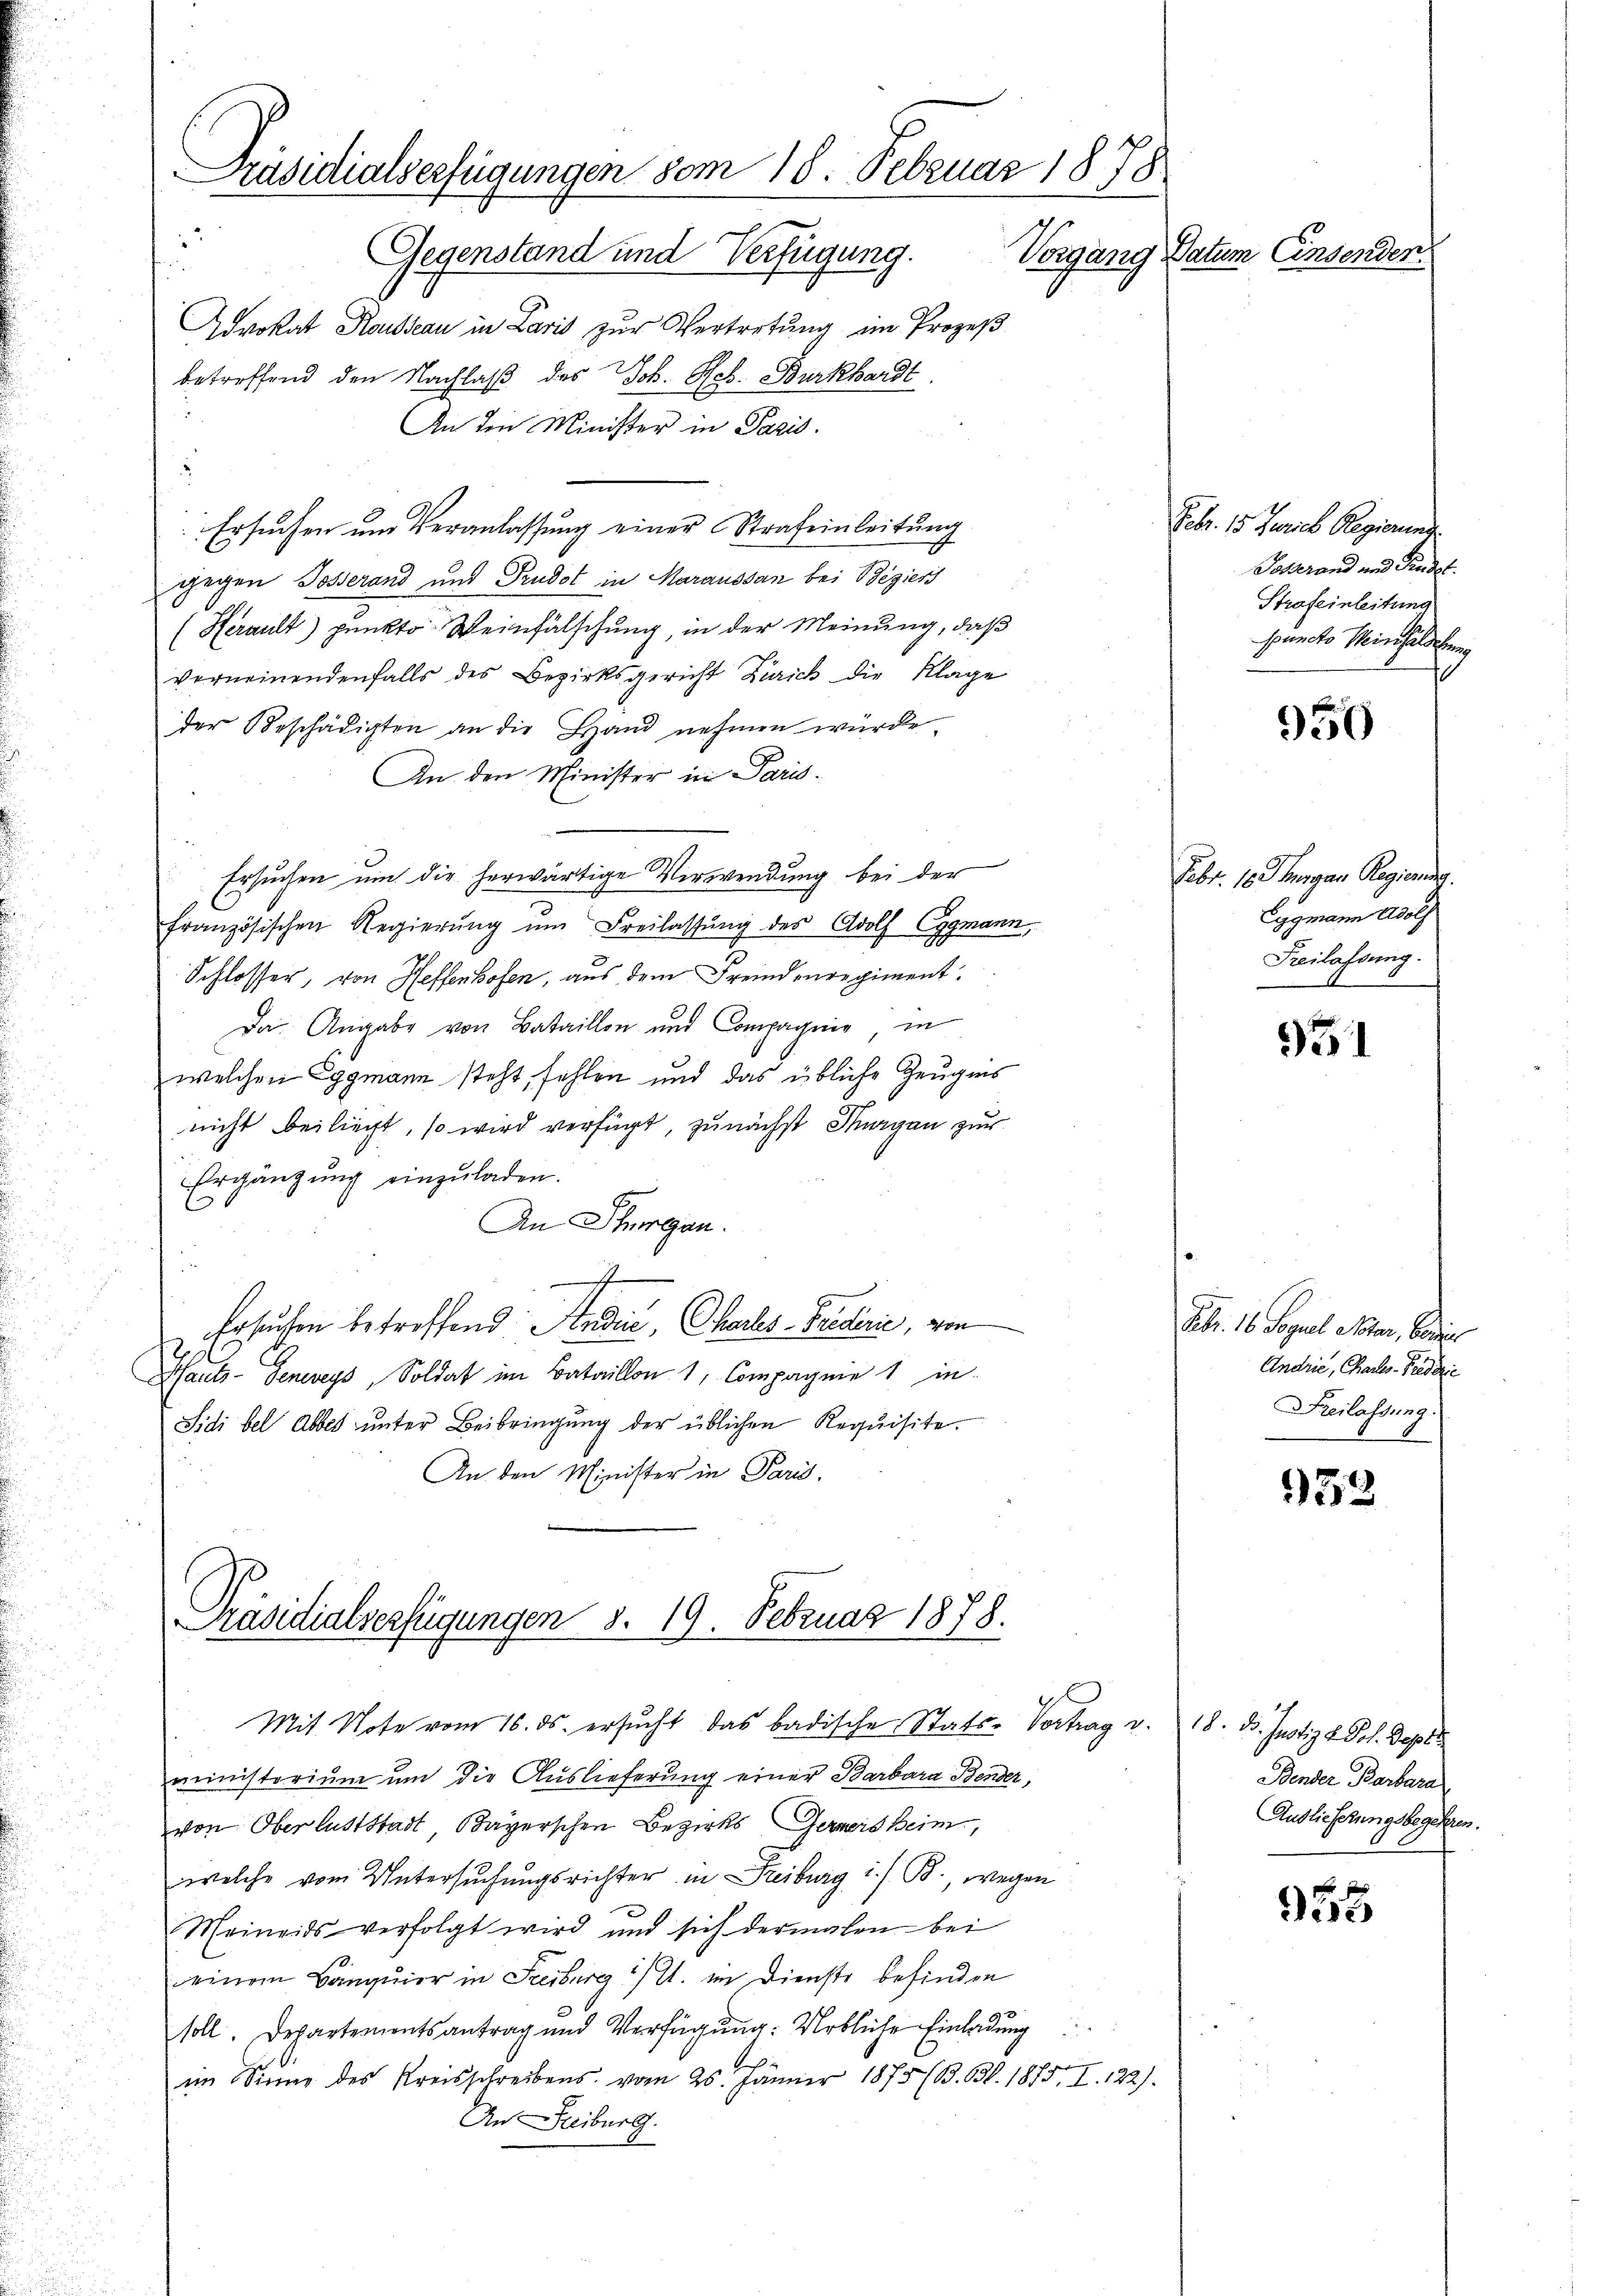
betreffend den Nachlaß des Joh. Hch. Burkhardt
o
An den Minister in Paris.
Ersuchen um Veranlassung einer Strafeinleitung
gegen Posserand und Prudot in Maraussan bei Beziers
(Herault) punkto Weinfälschung in der Meinung, daß
verneinendenfalls des Bezirksgericht Zürich die Klage
der Beschädigten an die Hand nehmen würde.
An den Minister in Paris¬
Ersuchen um die herwärtige Verwendung bei der
französischen Regierŭng ŭm Freilassŭng des Adolf Eggmann,
Schlosser, von Heffenhofen, aus dem Fremdenregiment.
Da Angabe von Bataillon und Compagnie in
welchen Eggmann steht, fehlen und das übliche Zeugnis
nicht beiliegt, so wird verfügt, zunächst Thurgau zur
Ergänzung einzuladen.
An Schurgau.
f
Ersuchen betreffend Andrić, Charles-Briderić, von
Thaute- Generey, Soldat im Bataillon 1, Compagnie 1 in
Sidi bel Abbes unter Beibringung der üblichen Requisite.
An den Minister in Paris,

Präsidialverfügungen vom 18. Februar 1878
.
Gegenstand und Verfügung.
Vorgang Datum Einsenden.
Advokat Rousseau in Lavis zur Vertretung im Prozeß

Präsidialverfügungen S. 19. Februar 1878.
Mit Note vom 16. ds. ersucht das badische Stats-Vortrag v.

ministorium um die Auslieferung einer Barbara Bender,
von Oberluststadt Bayerschen Bezirks Gerners heim,
welche vom Untersuchungsrichter in Freiburg i. B., wegen
Meineids verfolgt wird und sich dermalen bei
einem Banquier in Freiburg i/11. im Dienste befinden
soll. Departementsantrag und Verfügung: Urbliche Einladung
.
im Sinne des Kreisschreibens vom 25. Jänner 1875 (B. Bl. 1875, I. 122).
An Freiburg.

Febr. 15. Jurich Regierung.
Tolerand und Kindet.
Strafeinleitung
puncto Weinheldung

950

Febr. 1. Thurgau Regiener.
Eggmann Adolf
Freilassung.

51

Febr. 16. Segel Notar, Berein
Andrie, Chales Friederi
Freilassung:

953

18. 25. Justiz u. Joh. Depots
Bender Barbara
Auslieferungsbegehren.

95